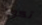
تكون